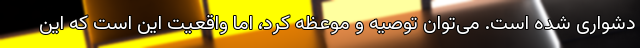
دشواری شده است. می‌توان توصیه و موعظه کرد، اما واقعیت این است که این